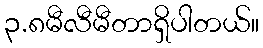
၃.၈မီလီမီတာရှိပါတယ်။